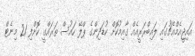
އައިޖީއެމްއެޗުގައި ލައިބްރަރީއެއް ގާއިމުކޮށް ކުޑަދިންގެ ޕްލޭ ހައުސް ތަރައްގީ ކޮށްފި 21 މިނެޓް